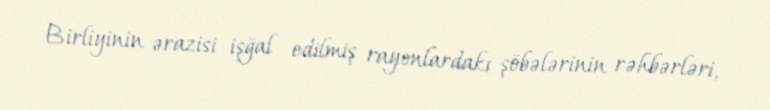
Birliyinin ərazisi işğal edilmiş rayonlardakı şöbələrinin rəhbərləri,